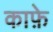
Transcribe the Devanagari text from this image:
काफ़े